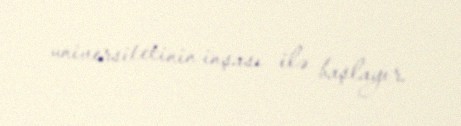
universitetinin inşası ilə başlayır.